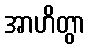
အာဟိတွာ